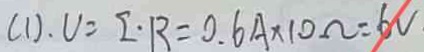
( 1 ) U = I \cdot R = 0 . 6 A \times 1 0 \Omega = 6 V